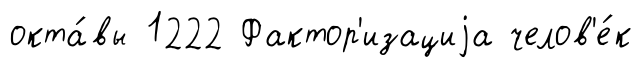
окта́вы 1222 Фактор'изациjа челов'е́к